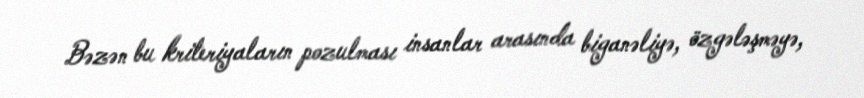
Bəzən bu kriteriyaların pozulması insanlar arasında biganəliyə, özgələşməyə,